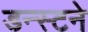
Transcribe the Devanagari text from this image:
डन्स्टने